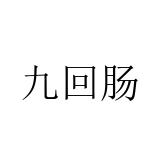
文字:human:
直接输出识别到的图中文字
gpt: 九回肠